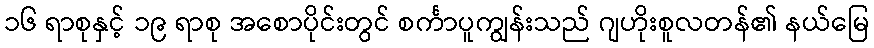
၁၆ ရာစုနှင့် ၁၉ ရာစု အစောပိုင်းတွင် စင်္ကာပူကျွန်းသည် ဂျဟိုးစူလတန်၏ နယ်မြေ